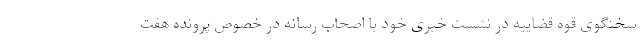
سخنگوی قوه قضاییه در نشست خبری خود با اصحاب رسانه در خصوص پرونده هفت